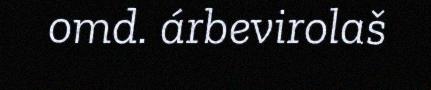
omd. árbevirolaš